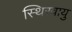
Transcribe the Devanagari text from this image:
स्थिरवायु